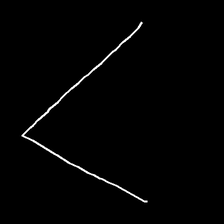
Glyph: region